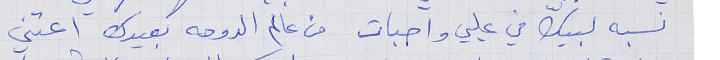
نسبه لبيّك في عليي واجبات      من عالم الدوحه بعيدك اعتني